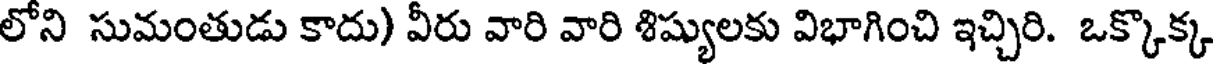
లోని సుమంతుడు కాదు) వీరు వారి వారి శిష్యులకు విభాగించి ఇచ్చిరి. ఒక్కొక్క